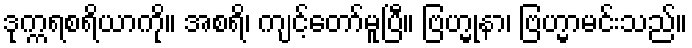
ဒုက္ကရစရိယာကို။ အစရိ၊ ကျင့်တော်မူပြီ။ ဗြဟ္မုနာ၊ ဗြဟ္မာမင်းသည်။